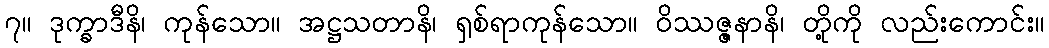
၇။ ဒုက္ခာဒီနိ၊ ကုန်သော။ အဋ္ဌသတာနိ၊ ရှစ်ရာကုန်သော။ ဝိဿဇ္ဇနာနိ၊ တို့ကို လည်းကောင်း။